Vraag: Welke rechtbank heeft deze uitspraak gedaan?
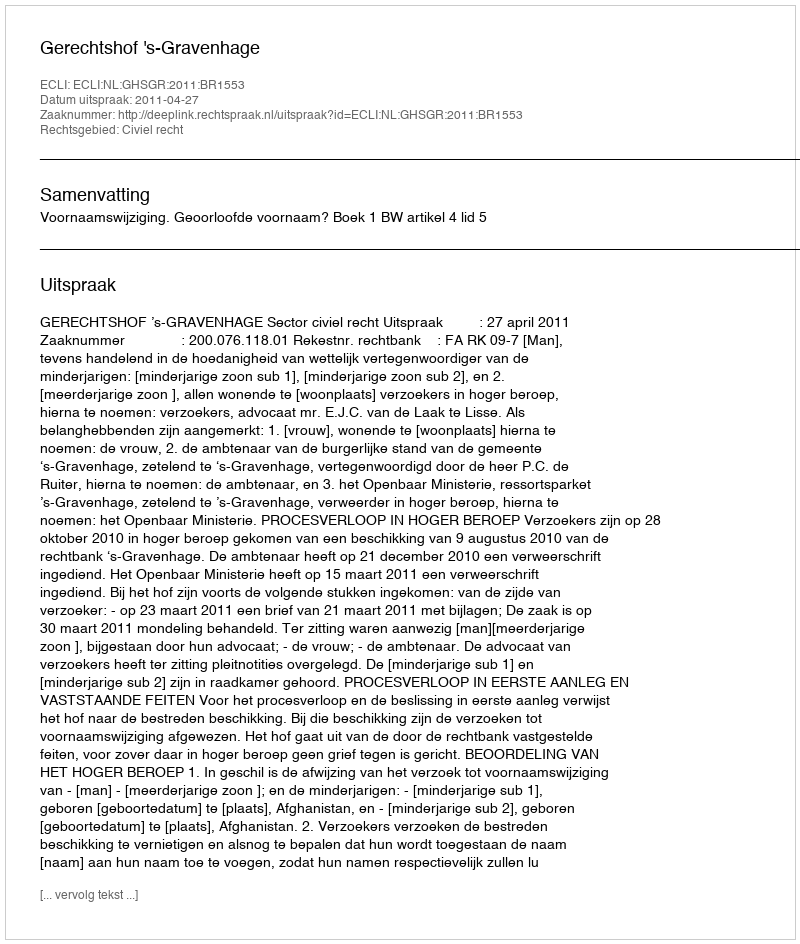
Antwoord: Gerechtshof 's-Gravenhage